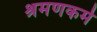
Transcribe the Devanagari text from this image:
श्रमणकर्म